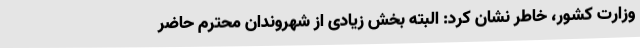
وزارت کشور، خاطر نشان کرد: البته بخش زیادی از شهروندان محترم حاضر